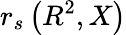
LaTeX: r_{s}\left(R^{2},X\right)